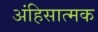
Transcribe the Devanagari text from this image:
अंहिसात्मक